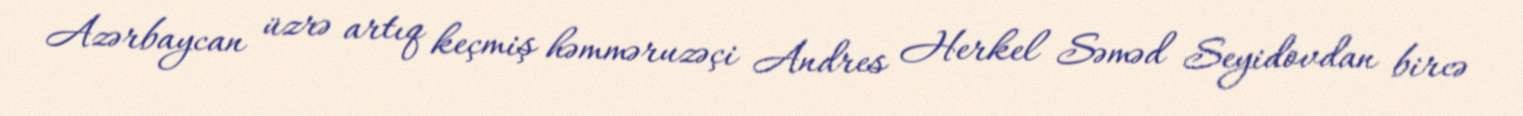
Azərbaycan üzrə artıq keçmiş həmməruzəçi Andres Herkel Səməd Seyidovdan bircə